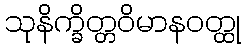
သုနိက္ခိတ္တဝိမာနဝတ္ထု